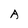
Character: A